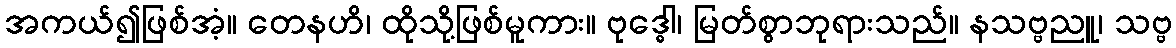
အကယ်၍ဖြစ်အံ့။ တေနဟိ၊ ထိုသို့ဖြစ်မူကား။ ဗုဒ္ဓေါ၊ မြတ်စွာဘုရားသည်။ နသဗ္ဗညူ၊ သဗ္ဗ